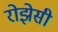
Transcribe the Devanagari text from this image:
रोझेसी